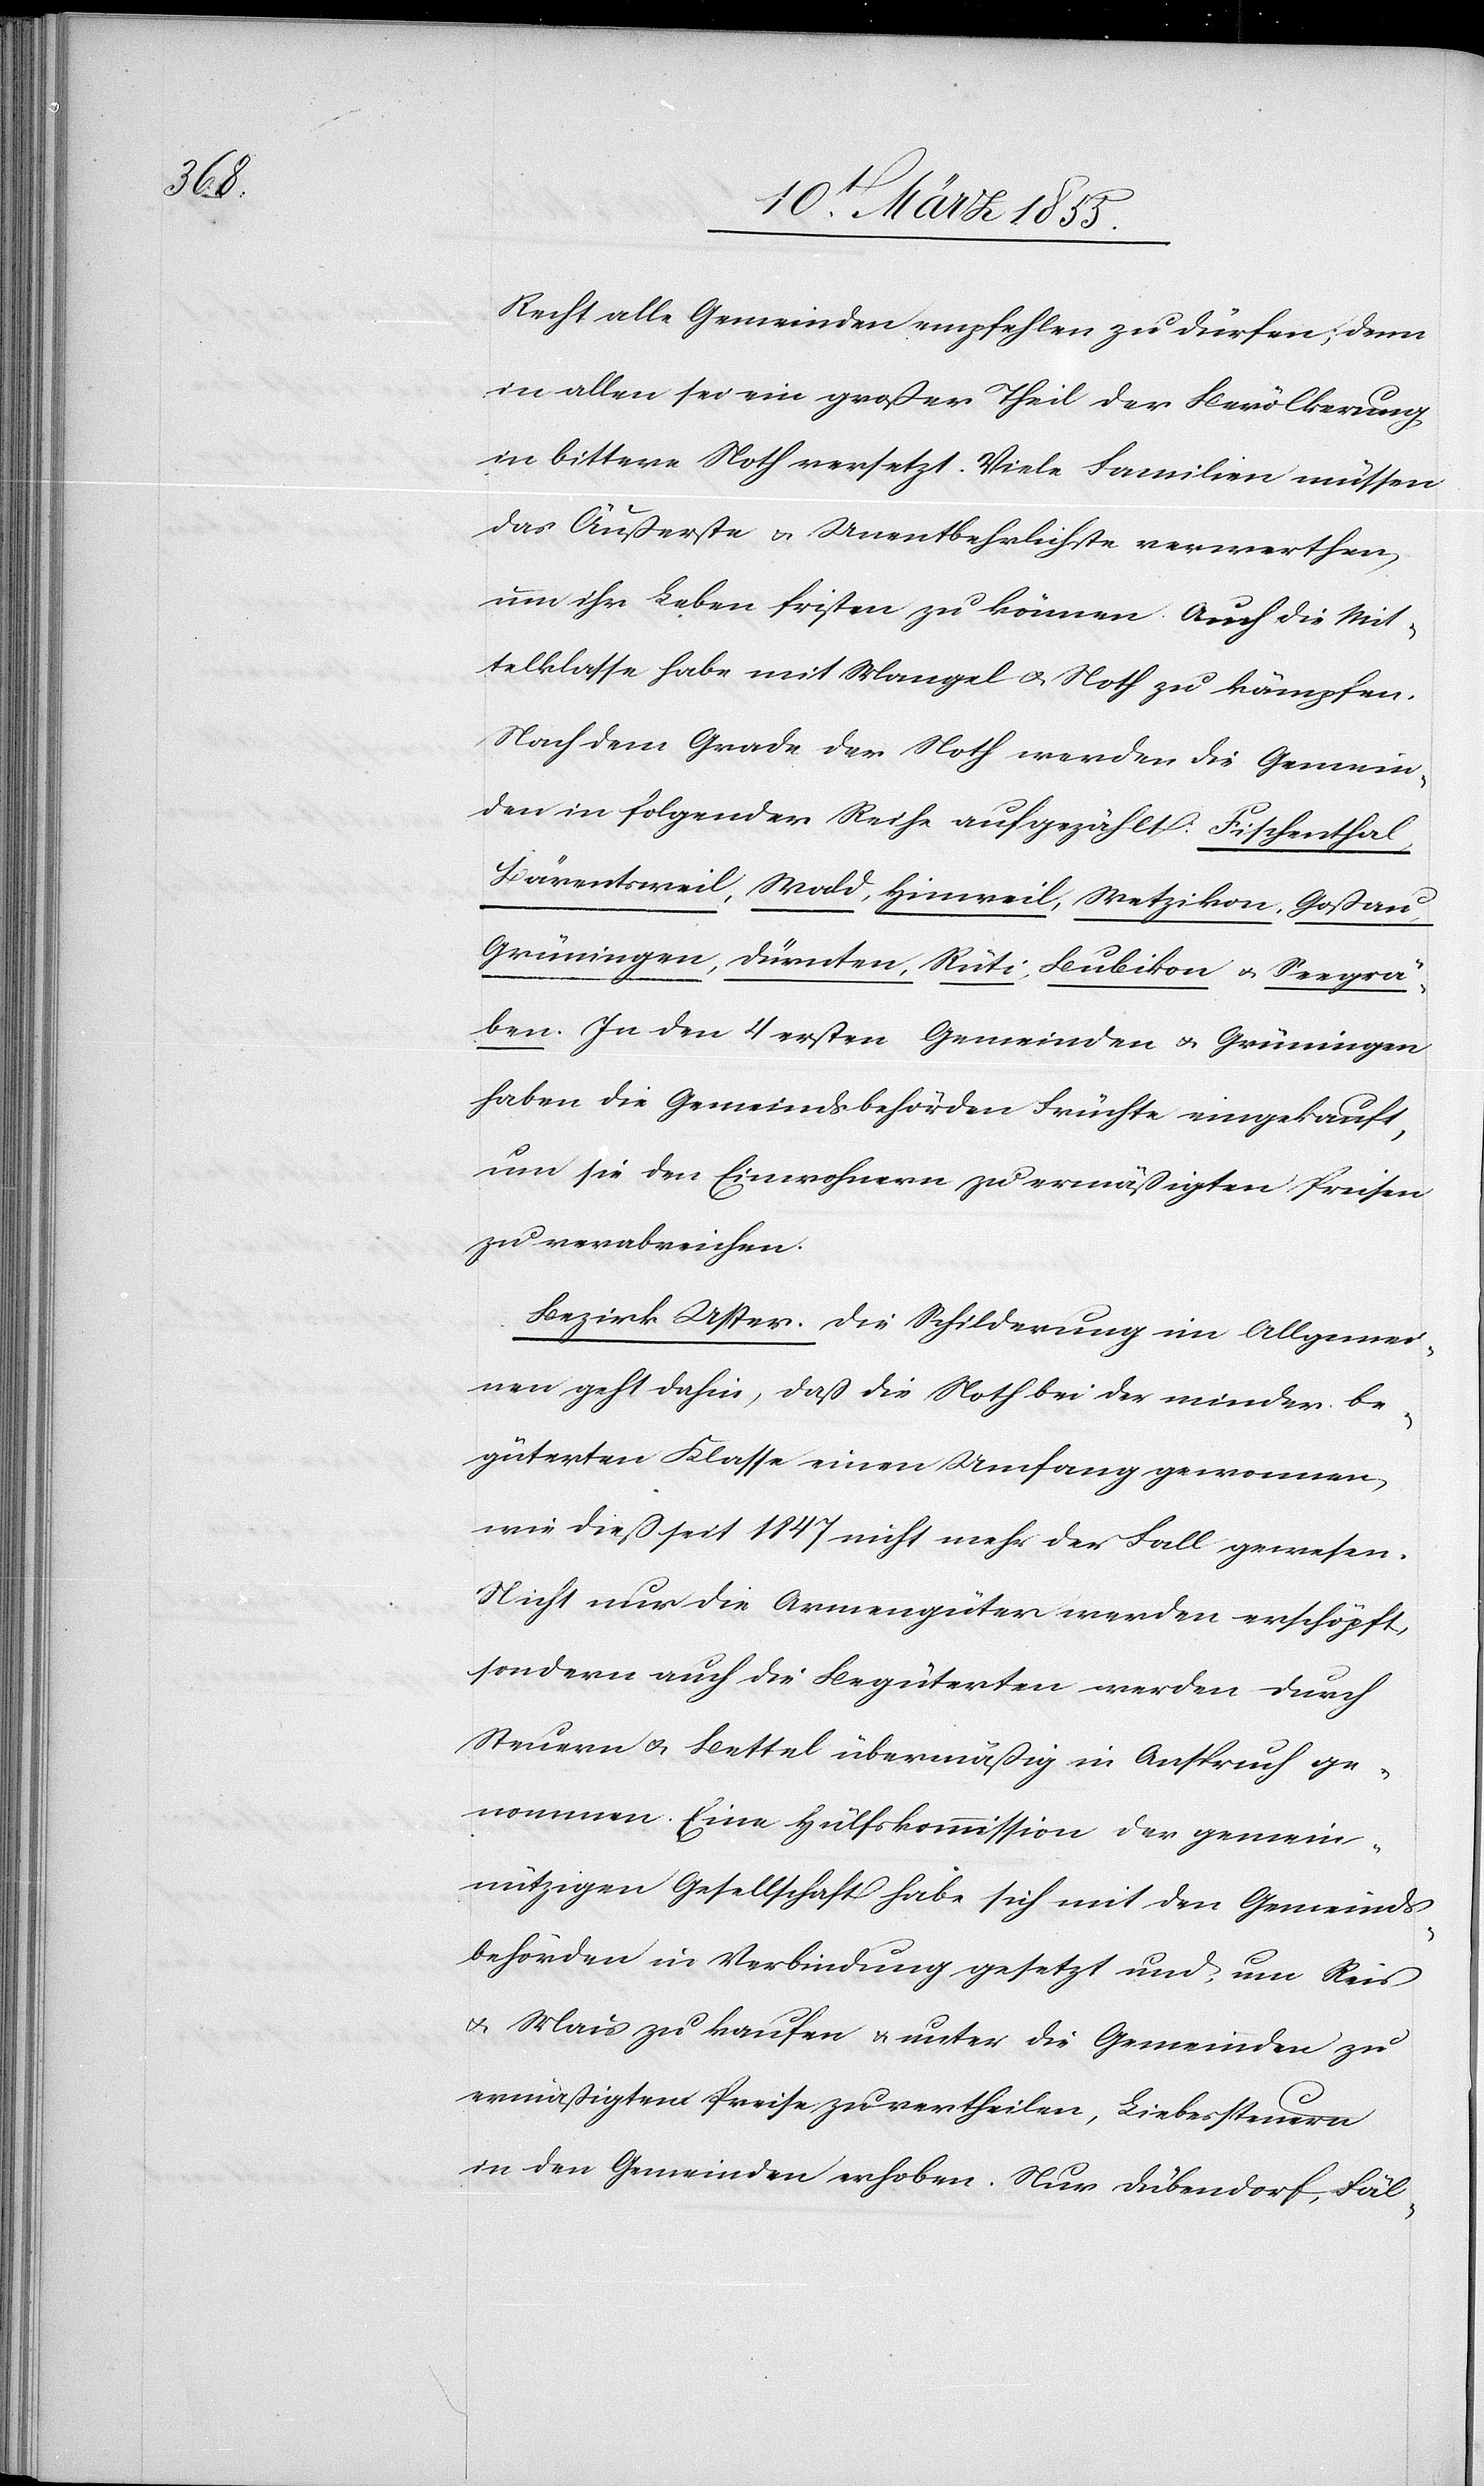
Recht alle Gemeinden empfehlen zu dürfen; denn
in allen sei ein großer Theil der Bevölkerung
in bittere Noth versetzt. Viele Familien müssen
das Äußerste & Unentbehrlichste verwerthen,
um ihr Leben fristen zu können[.] Auch die Mit¬
telklasse habe mit Mangel & Noth zu kämpfen.
Nach dem Grade der Noth werden die Gemein¬
den in folgender Reihe aufgezählt: Fischenthal,
Bärentsweil, Wald, Hinweil, Wetzikon, Goßau,
Grüningen, Dürnten, Rüti, Bubikon & Seegrä¬
ben. In den 4 ersten Gemeinden & Grüningen
haben die Gemeindsbehörden Früchte eingekauft,
um sie den Einwohnern zu ermäßigten Preisen
zu verabreichen.
Bezirk Uster. Die Schilderung im Allgemei¬
nen geht dahin, daß die Noth bei der minder be¬
güterten Klasse einen Umfang gewonnen,
wie diess seit 1847 nicht mehr der Fall gewesen.
Nicht nur die Armengüter werden erschöpft,
sondern auch die Begüterten werden durch
Steuern & Bettel übermäßig in Anspruch ge¬
nommen. Eine Hülfskommission der gemein¬
nützigen Gesellschaft habe sich mit den Gemeinds¬
behörden in Verbindung gesetzt und, um Reis
& Mais zu kaufen & unter die Gemeinden zu
ermäßigtem Preise zu vertheilen, Liebessteuern
in den Gemeinden erhoben. Nur Dübendorf, Fäl-